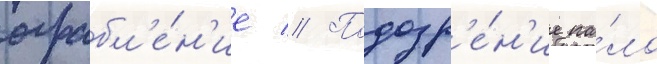
ограбл'е́н'ие // Подозр'е́н'ие па́ло